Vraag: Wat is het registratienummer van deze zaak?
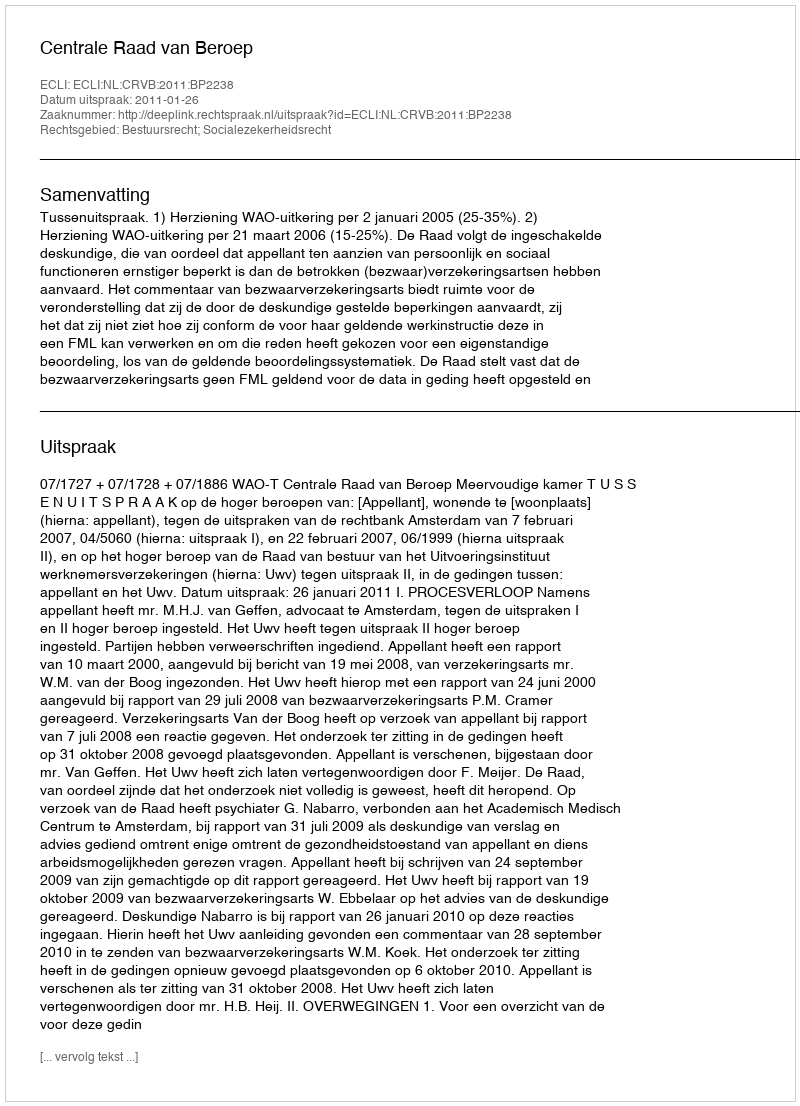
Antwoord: http://deeplink.rechtspraak.nl/uitspraak?id=ECLI:NL:CRVB:2011:BP2238